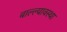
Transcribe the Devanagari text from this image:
बाल्ल्यावस्था